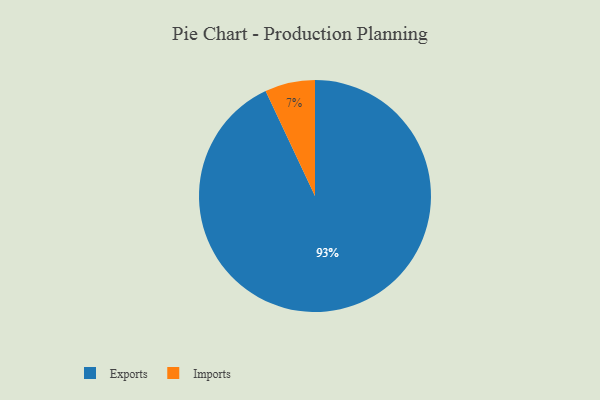
{"axis": {"x": "Category", "y": "Percentage"}, "legend": ["Exports", "Imports"], "data": [{"x": "Imports", "y": 7, "type": "Imports"}, {"x": "Exports", "y": 93, "type": "Exports"}]}